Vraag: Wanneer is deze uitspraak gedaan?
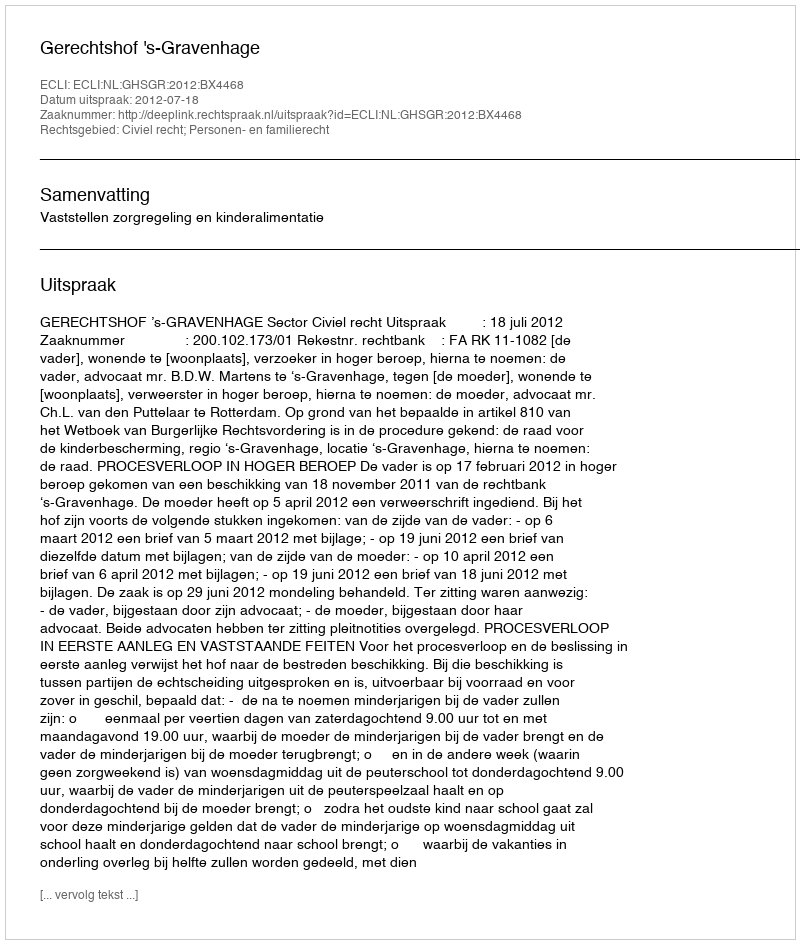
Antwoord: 2012-07-18